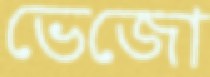
ভেজো